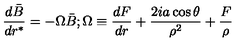
\frac { d \bar { B } } { d r ^ { * } } = - \Omega \bar { B } ; \Omega \equiv \frac { d F } { d r } + \frac { 2 i a \cos \theta } { \rho ^ { 2 } } + \frac { F } { \rho }